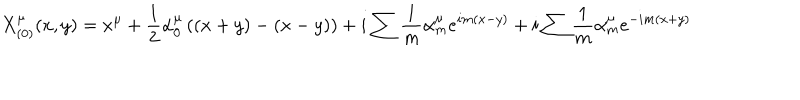
X _ { ( 0 ) } ^ { \mu } ( x , y ) = x ^ { \mu } + \frac { 1 } { 2 } \alpha _ { 0 } ^ { \mu } \left( ( x + y ) - ( x - y ) \right) + i \sum \frac { 1 } { m } \alpha _ { m } ^ { \mu } e ^ { i m ( x - y ) } + i \sum \frac { 1 } { m } \alpha _ { m } ^ { \mu } e ^ { - i m ( x + y ) }